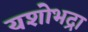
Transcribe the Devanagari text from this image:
यशोभद्रा